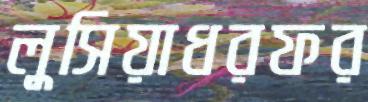
লুসিয়াধরফর